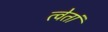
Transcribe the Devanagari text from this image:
त्वेतां